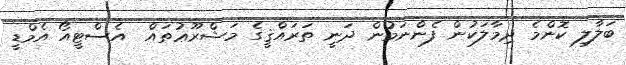
ބަލާލި ކޮންމެ ދިމާލަކުން ފެންނަމުން ދަނީ ތަރައްޤީގެ މަޝްރޫޢުތައް  އެސްޓީއޯ އެމްޑީ